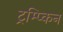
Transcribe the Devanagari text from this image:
ट्रम्प्किन